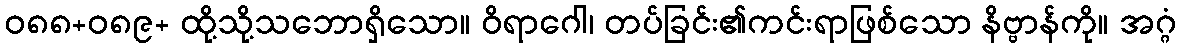
ဝ၈၈+၀၈၉+ ထို့သို့သဘောရှိသော။ ဝိရာဂေါ၊ တပ်ခြင်း၏ကင်းရာဖြစ်သော နိဗ္ဗာန်ကို။ အဂ္ဂံ